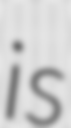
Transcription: is